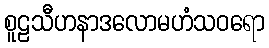
စူဠသီဟနာဒလောမဟံသဝရော